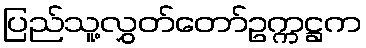
ပြည်သူ့လွှတ်တော်ဥက္ကဋ္ဌက